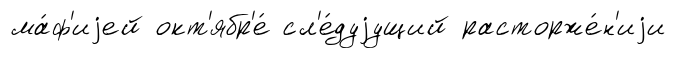
ма́ф'иjей окт'ябр'е́ сл'е́дуjущий расторже́н'иjи